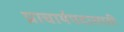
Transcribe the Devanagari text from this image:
प्राचार्यपदासाठी